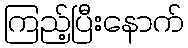
ကြည့်ပြီးနောက်